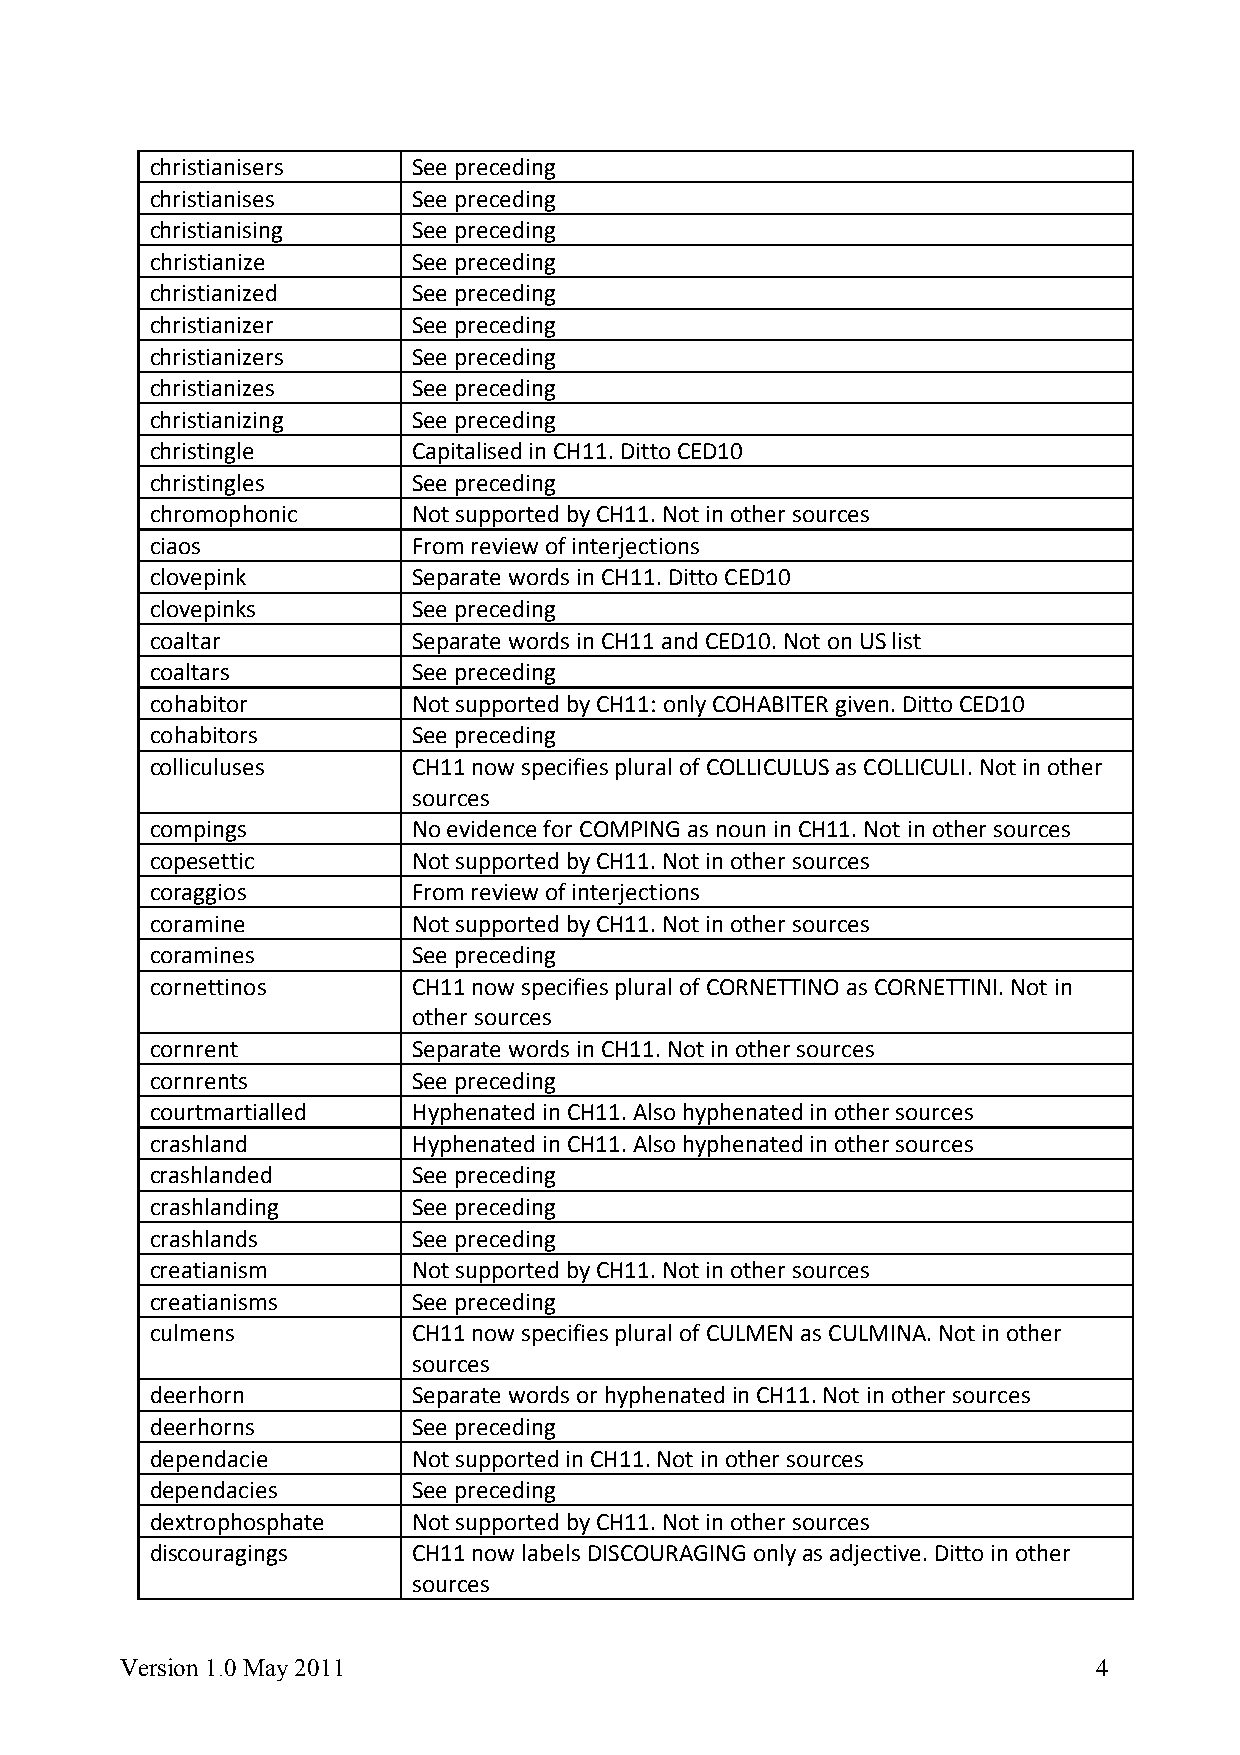
christianisers   See preceding
 christianises    See preceding
 christianising   See preceding
 christianize     See preceding
 christianized    See preceding
 christianizer    See preceding
 christianizers   See preceding
 christianizes    See preceding
 christianizing   See preceding
 christingle      Capitalised in CH11. Ditto CED10
 christingles     See preceding
 chromophonic     Not supported by CH11. Not in other sources
 ciaos            From review of interjections
 clovepink        Separate words in CH11. Ditto CED10
 clovepinks       See preceding
 coaltar          Separate words in CH11 and CED10. Not on US list
 coaltars         See preceding
 cohabitor        Not supported by CH11: only COHABITER given. Ditto CED10
 cohabitors       See preceding
 colliculuses     CH11 now specifies plural of COLLICULUS as COLLICULI. Not in other
 sources
 compings         No evidence for COMPING as noun in CH11. Not in other sources
 copesettic       Not supported by CH11. Not in other sources
 coraggios        From review of interjections
 coramine         Not supported by CH11. Not in other sources
 coramines        See preceding
 cornettinos      CH11 now specifies plural of CORNETTINO as CORNETTINI. Not in
 other sources
 cornrent         Separate words in CH11. Not in other sources
 cornrents        See preceding
 courtmartialled  Hyphenated in CH11. Also hyphenated in other sources
 crashland        Hyphenated in CH11. Also hyphenated in other sources
 crashlanded      See preceding
 crashlanding     See preceding
 crashlands       See preceding
 creatianism      Not supported by CH11. Not in other sources
 creatianisms     See preceding
 culmens          CH11 now specifies plural of CULMEN as CULMINA. Not in other
 sources
 deerhorn         Separate words or hyphenated in CH11. Not in other sources
 deerhorns        See preceding
 dependacie       Not supported in CH11. Not in other sources
 dependacies      See preceding
 dextrophosphate  Not supported by CH11. Not in other sources
 discouragings    CH11 now labels DISCOURAGING only as adjective. Ditto in other
 sources
 Version 1.0 May 2011                                             4